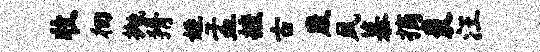
收徊抛猾姓孟摭古崴夙慕摘裘汪